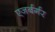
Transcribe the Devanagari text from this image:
एजर्बर्गर